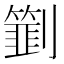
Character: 㔐